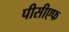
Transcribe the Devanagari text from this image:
पीसीएफ